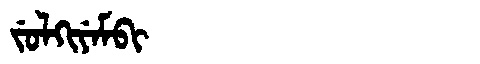
Manchu: ᠵᡠᠯᡴᡳᠶᡝᠮᠪᡳ
Romanization: JULKIYEMBI